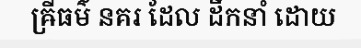
ឝ្រីធម៌ នគរ ដែល ដឹកនាំ ដោយ